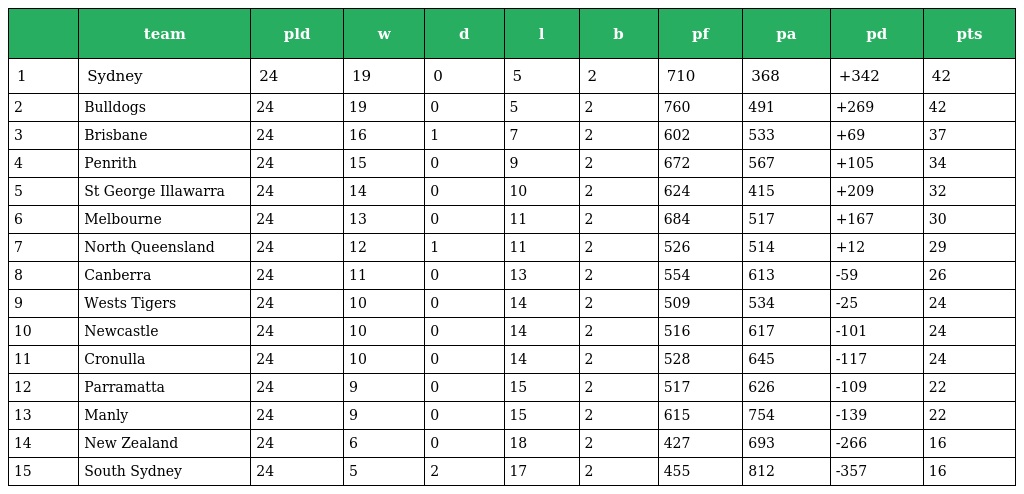
|  | team | pld | w | d | l | b | pf | pa | pd | pts |
 | --- | --- | --- | --- | --- | --- | --- | --- | --- | --- | --- |
 | 1 | Sydney | 24 | 19 | 0 | 5 | 2 | 710 | 368 | +342 | 42 |
 | 2 | Bulldogs | 24 | 19 | 0 | 5 | 2 | 760 | 491 | +269 | 42 |
 | 3 | Brisbane | 24 | 16 | 1 | 7 | 2 | 602 | 533 | +69 | 37 |
 | 4 | Penrith | 24 | 15 | 0 | 9 | 2 | 672 | 567 | +105 | 34 |
 | 5 | St George Illawarra | 24 | 14 | 0 | 10 | 2 | 624 | 415 | +209 | 32 |
 | 6 | Melbourne | 24 | 13 | 0 | 11 | 2 | 684 | 517 | +167 | 30 |
 | 7 | North Queensland | 24 | 12 | 1 | 11 | 2 | 526 | 514 | +12 | 29 |
 | 8 | Canberra | 24 | 11 | 0 | 13 | 2 | 554 | 613 | -59 | 26 |
 | 9 | Wests Tigers | 24 | 10 | 0 | 14 | 2 | 509 | 534 | -25 | 24 |
 | 10 | Newcastle | 24 | 10 | 0 | 14 | 2 | 516 | 617 | -101 | 24 |
 | 11 | Cronulla | 24 | 10 | 0 | 14 | 2 | 528 | 645 | -117 | 24 |
 | 12 | Parramatta | 24 | 9 | 0 | 15 | 2 | 517 | 626 | -109 | 22 |
 | 13 | Manly | 24 | 9 | 0 | 15 | 2 | 615 | 754 | -139 | 22 |
 | 14 | New Zealand | 24 | 6 | 0 | 18 | 2 | 427 | 693 | -266 | 16 |
 | 15 | South Sydney | 24 | 5 | 2 | 17 | 2 | 455 | 812 | -357 | 16 |